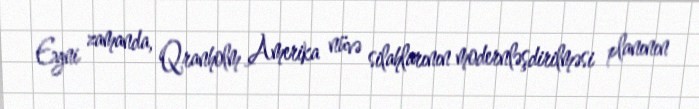
Eyni zamanda, Qranholm Amerika nüvə silahlarının modernləşdirilməsi planının